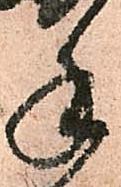
手